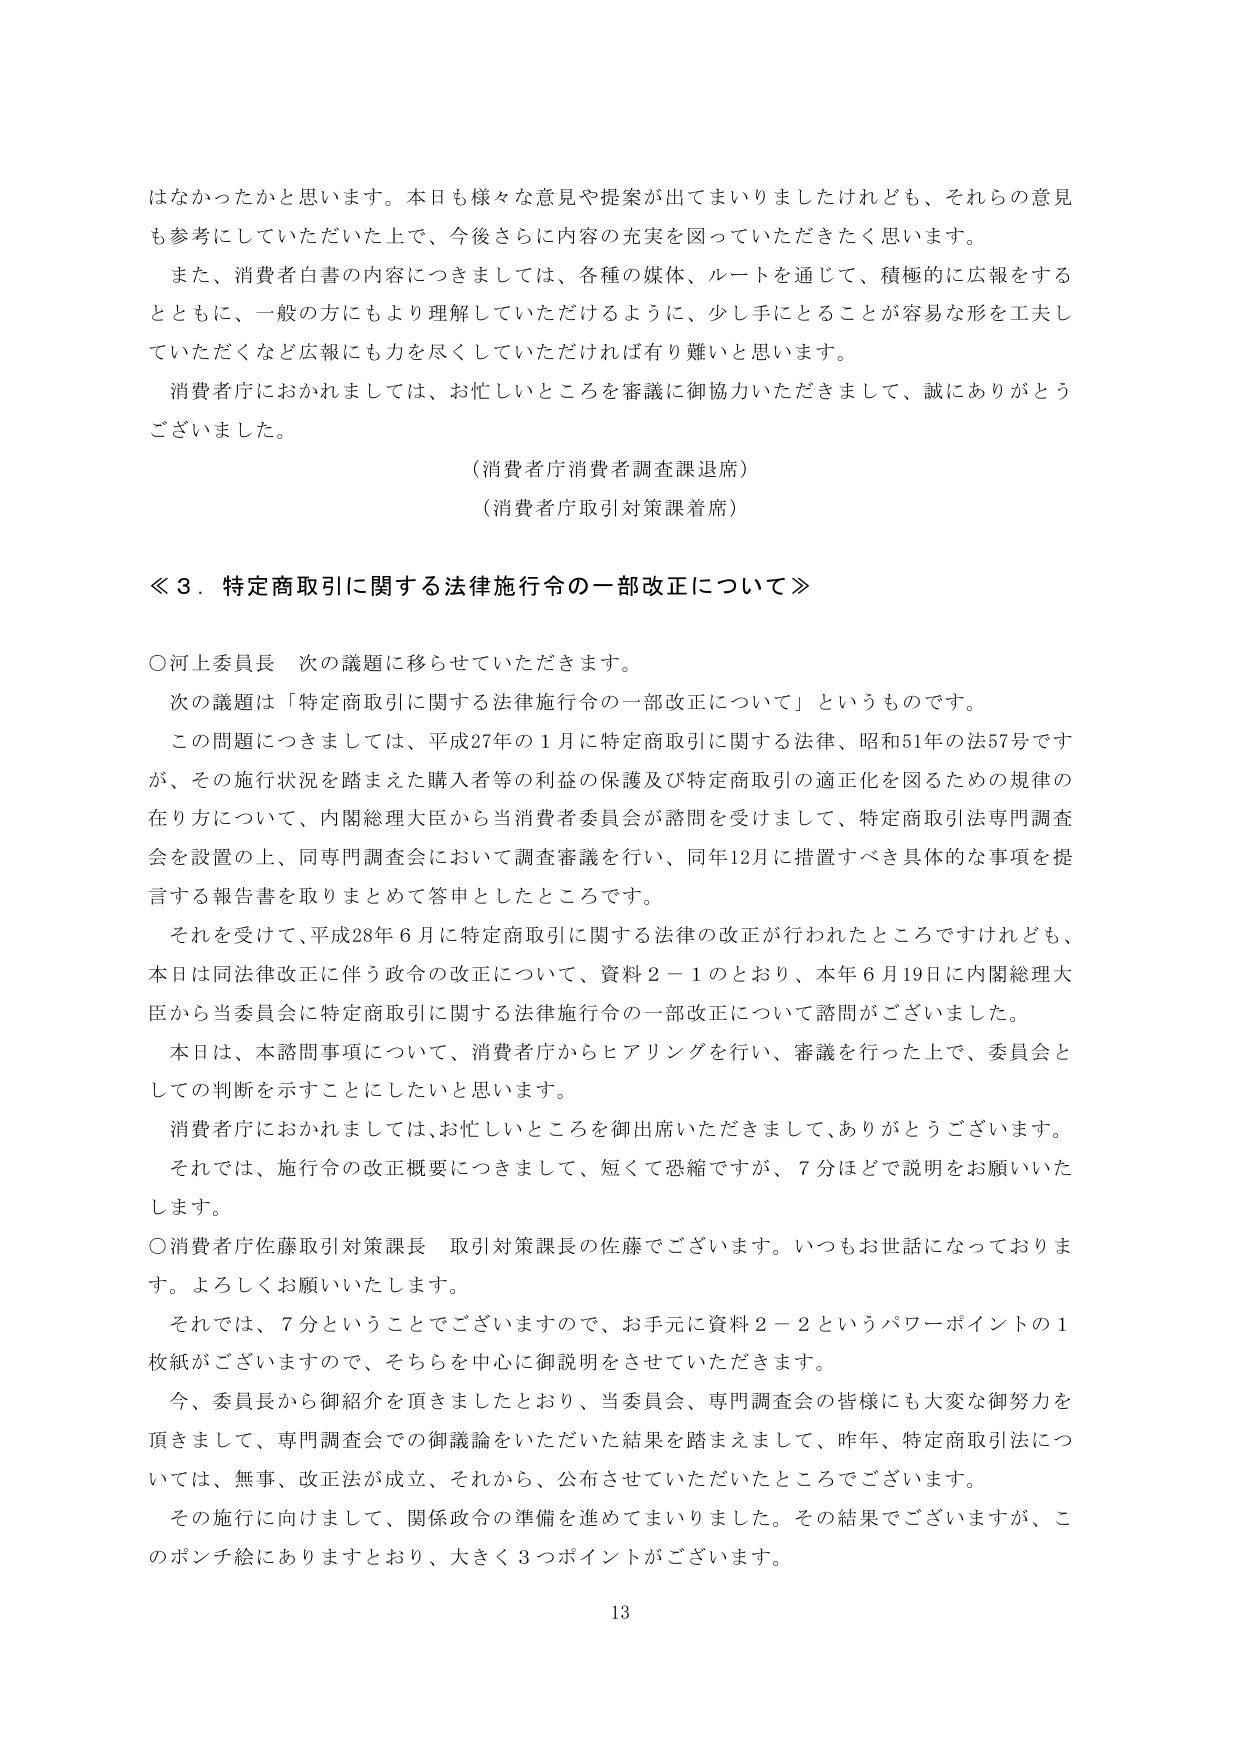
はなかったかと思います。本日も様々な意見や提案が出てまいりましたけれども、それらの意見も参考にしていただいた上で、今後さらに内容の充実を図っていただきたいと思います。

また、消費者白書の内容につきましては、各種の媒体、ルートを通じて、積極的に広報をするとともに、一般の方にもより理解していただけるように、少し手にとることが容易な形を工夫していただくなど広報にも力を尽くしていただければ有り難いと思います。

消費者庁におかれましては、お忙しいところを審議に御協力いただきまして、誠にありがとうございました。

（消費者庁消費者調査課退席）

（消費者庁取引対策課着席）

≪３．特定商取引に関する法律施行令の一部改正について≫

〇河上委員長 次の議題に移らせていただきます。

次の議題は「特定商取引に関する法律施行令の一部改正について」というものです。

この問題につきましては、平成27年の1月に特定商取引に関する法律、昭和51年の法57号ですが、その施行状況を踏まえた購入者等の利益の保護及び特定商取引の適正化を図るための規律の在り方について、内閣総理大臣から当消費者委員会が諮問を受けまして、特定商取引法専門調査会を設置の上、同専門調査会において調査審議を行い、同年12月に措置すべき具体的な事項を提言する報告書を取りまとめて答申としたところです。

それを受けて、平成28年6月に特定商取引に関する法律の改正が行われたところですけれども、本日は同法律改正に伴う政令の改正について、資料2－1のとおり、本年6月19日に内閣総理大臣から当委員会に特定商取引に関する法律施行令の一部改正について諮問がございました。

本日は、本諮問事項について、消費者庁からヒアリングを行い、審議を行った上で、委員会としての判断を示すことにしたいと思います。

消費者庁におかれましては、お忙しいところを御出席いただきまして、ありがとうございます。

それでは、施行令の改正概要につきまして、短くて恐縮ですが、7分ほどで説明をお願いいたします。

〇消費者庁佐藤取引対策課長 取引対策課長の佐藤でございます。いつもお世話になっております。よろしくお願いいたします。

それでは、7分ということでございますので、お手元に資料2－2というパワーポイントの1枚紙がございますので、そちらを中心に御説明をさせていただきます。

今、委員長から御紹介を頂きましたとおり、当委員会、専門調査会の皆様にも大変な御努力を頂きましたして、専門調査会での御議論をいただいた結果を踏まえまして、昨年、特定商取引法については、無事、改正法が成立、それから、公布させていただいたところでございます。

その施行に向けまして、関係政令の準備を進めてまいりました。その結果でございますが、このポンチ絵にありますとおり、大きく3つポイントがございます。

13